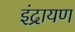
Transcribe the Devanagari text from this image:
इंद्रायण